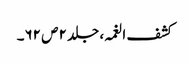
کشف الغمہ ، جلد ۲ ص ۶۲۔